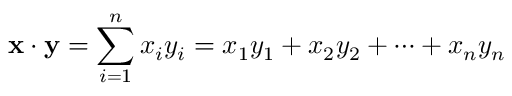
\mathbf { x } \cdot \mathbf { y } = \sum _ { i = 1 } ^ { n } x _ { i } y _ { i } = x _ { 1 } y _ { 1 } + x _ { 2 } y _ { 2 } + \cdots + x _ { n } y _ { n }